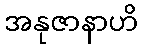
အနုဇာနာဟိ